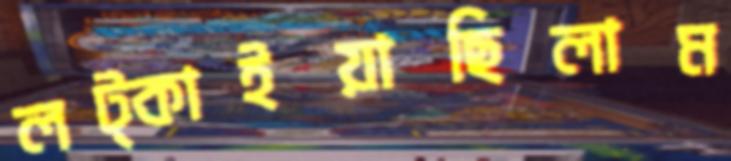
লট্‌কাইয়াছিলাম